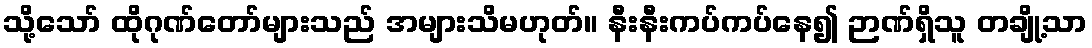
သို့သော် ထိုဂုဏ်တော်များသည် အများသိမဟုတ်။ နီးနီးကပ်ကပ်နေ၍ ဉာဏ်ရှိသူ တချို့သာ